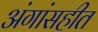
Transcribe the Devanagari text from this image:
अंगांसहीत